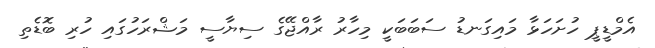
އެމްޑީޕީ ހުށަހަޅާ މައިގަނޑު ސަބަބަކީ މިހާރު ރާއްޖޭގެ ސިޔާސީ މަޝްރަހުގައި ހުރި ބޮޑެތި